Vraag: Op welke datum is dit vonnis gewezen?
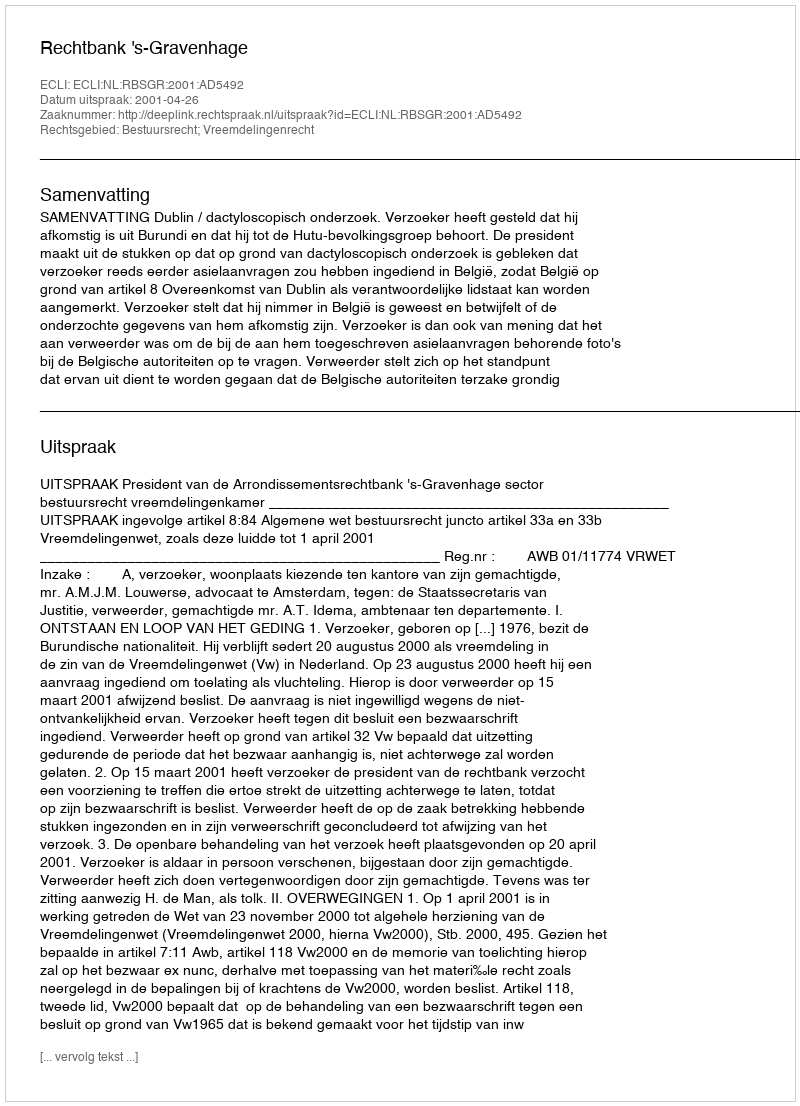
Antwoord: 2001-04-26